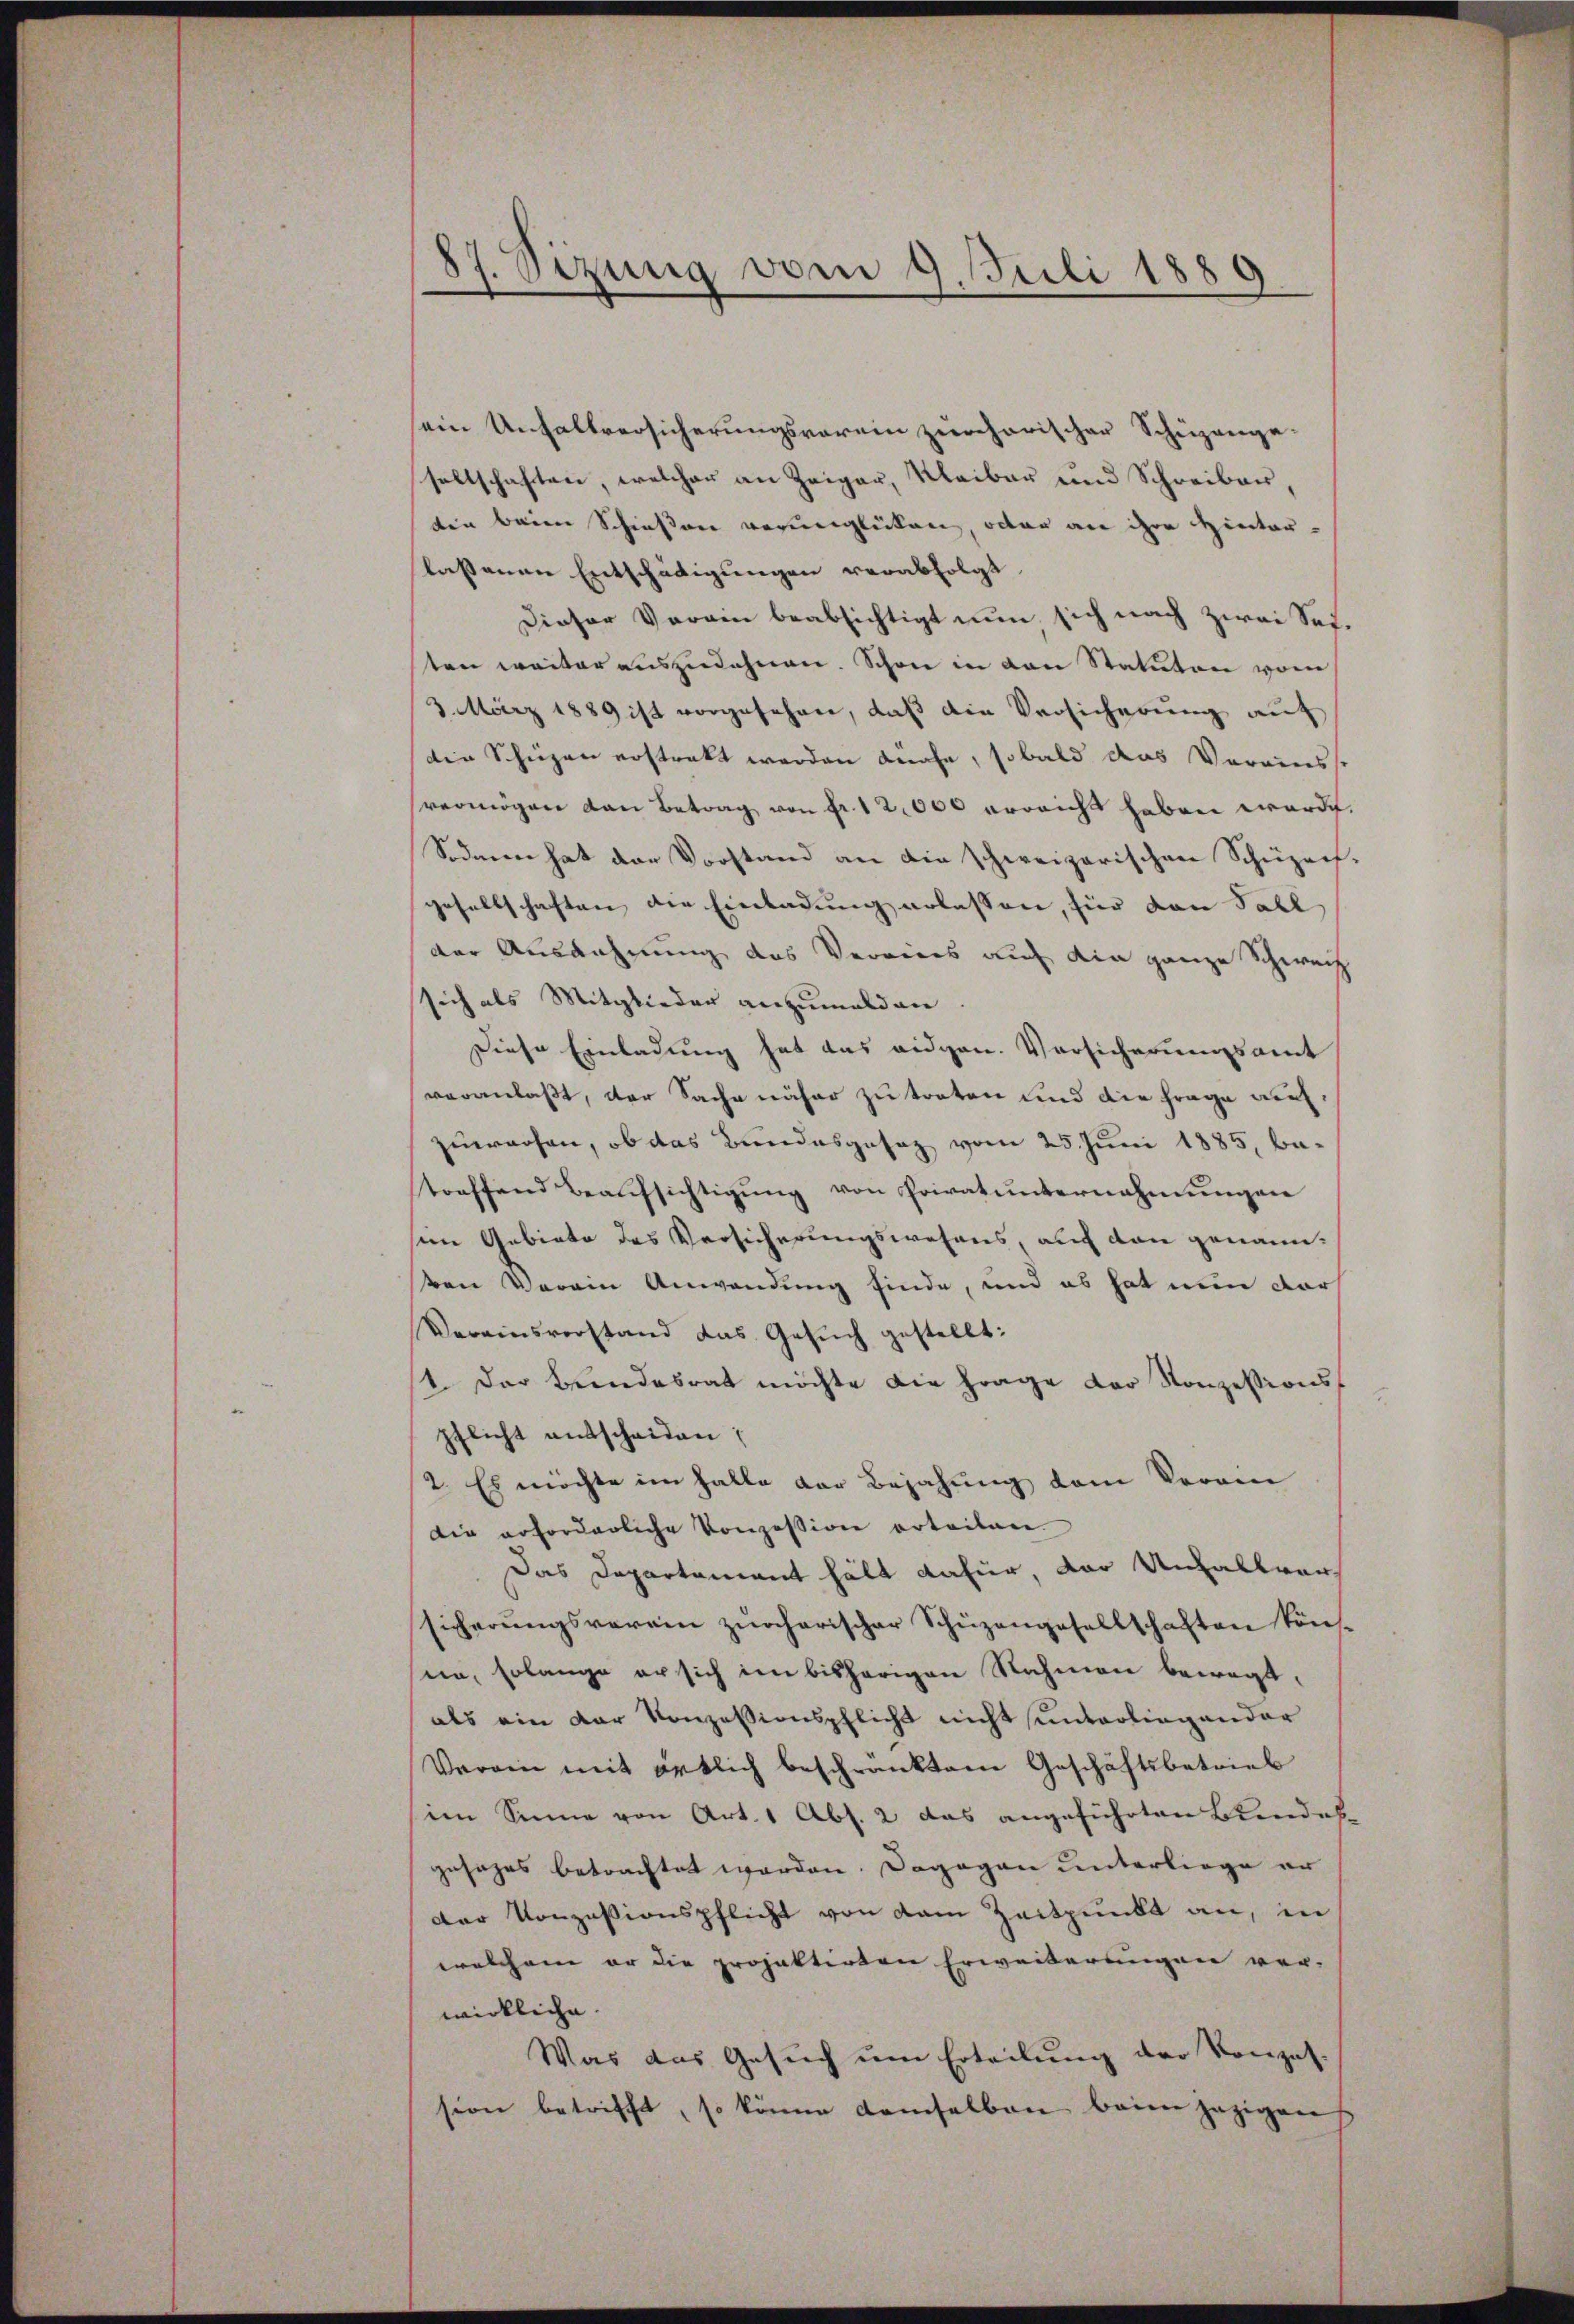
sein Unhaltversicherungsverein zürcherischer Schüzange-
seltschaften, welcher an Zeiger, Kleiber und Schreiben,
ten beim Schießen verunglücken, oder an ihre Hinterlassenen Entschädigungen verabfolgt
Dieser Verein beabsichtigt nun, sich nach zwei Seiten weiter auszudehnen. Schon in den Statuten vom
3. März 1889 ist vorgesehen, daß die Versicherung auf
die Schüzen erstrakt werden dürfe, sobald das Vereinsst
vermögen den Betrag von Fr. 12,000 erreicht haben werde.
Sodann hat der Vorstand an die schweizerischen Schüzeif-
gesellschaften die Einladung erlassen, für den Fall
der Ausdehnung des Vereines auf die ganze Schweiz
sich als Mitglieder anzumalden
Diese Einladung hat das eidgen. Vorsicherungsamt
veranlaßt, der Sache näher zu treten und die Frage aufzuwerfen, ob das Bundesgesez vom 25. Juni 1885, betreffend Beaufsichtigung von Privatunternahmungen
sen Gebiete des Versicherungswesens, auf den genannten Verain Anwendung finde, und es hat nun dars
Vereinsvorstand das Gesuch gestellt:
1. Der Bundesrat möchte die Frage der Konzessionspflicht entscheiden;
2. Es möchte im Halle der Bejahung vom Verein
die erforderliche Konzession erteilen.
Das Departement hält dafür der Unfallversicherŭngsverein zürcherischer Schüzengesellschaften kön-
ne, solange er sich im bisherigen Nahmen bewegt,
als ein der Konzessionspflicht nicht unterliegender
Verein mit örtlich beschränktem Geschäftsbetrieb
im Sinne von Art. 1 Abs. 2 das angeführten Bundes-
gesages betrachtet werden. Dagegen unterliege er
Der Konzessionspflicht von dem Zeitpunkt an, in
welchem er die projektirten Erweiterungen vor-
wickliche
Was das Gesuch um Erteilung der Konzession betrifft, so könne demselben beim jezigen

87. Sizung vom 9. Juli 1889